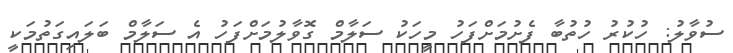
ސުވާލު: ހުކުރު ހުތުބާ ފެށުމަށްފަހު މީހަކު ސަލާމް ގޮވާލުމަށްފަހު އެ ސަލާމް ބަލައިގަތުމަކީ